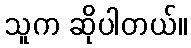
သူက ဆိုပါတယ်။